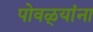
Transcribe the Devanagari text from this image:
पोवळ्यांना